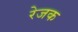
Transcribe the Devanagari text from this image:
रेजक